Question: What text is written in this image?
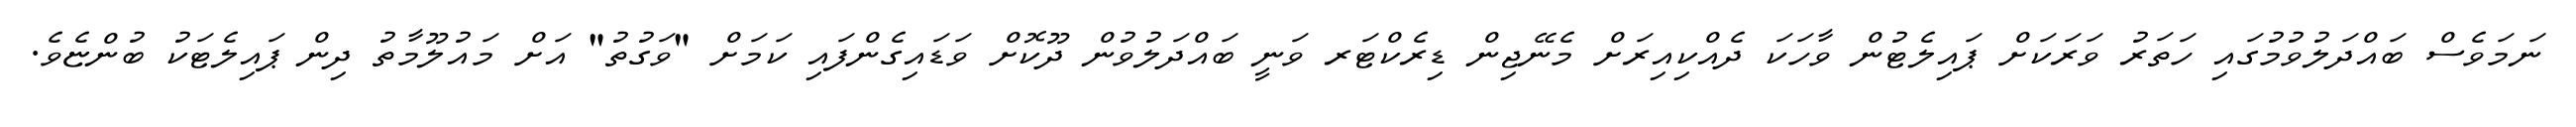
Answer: ނަމަވެސް ބައްދަލުވުމުގައި ހަތަރު ވަރަކަށް ޕައިލެޓުން ވާހަކަ ދެއްކިއިރަށް މެނޭޖިން ޑިރެކްޓަރ ވަނީ ބައްދަލުވުން ދޫކޮށް ވަޑައިގެންފައި ކަމަށް "ވަގުތު" އަށް މައުލޫމާތު ދިން ޕައިލެޓަކު ބުންޏެވެ.